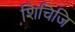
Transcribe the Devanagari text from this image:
शिचिजि